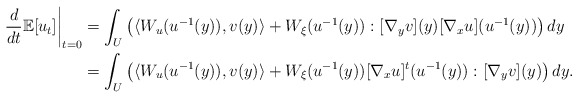
\begin{align*} \frac{d}{dt} \mathbb{E}[u_t] \bigg|_{t=0} &= \int_U \left( \langle W_u (u^{-1}(y)), v(y) \rangle + W_\xi (u^{-1}(y)) : [\nabla_y v](y) [\nabla_x u](u^{-1}(y)) \right) dy \\&= \int_U \left( \langle W_u (u^{-1}(y)), v(y) \rangle + W_\xi (u^{-1}(y)) [\nabla_x u]^t (u^{-1}(y)) : [\nabla_y v](y) \right) dy.\end{align*}